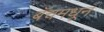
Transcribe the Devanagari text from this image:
बॅचमधून